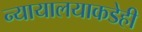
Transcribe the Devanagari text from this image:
न्यायालयाकडेही